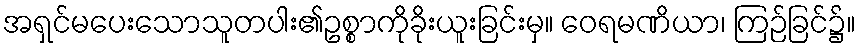
အရှင်မပေးသောသူတပါး၏ဥစ္စာကိုခိုးယူးခြင်းမှ။ ဝေရမဏိယာ၊ ကြဉ်ခြင်၌။